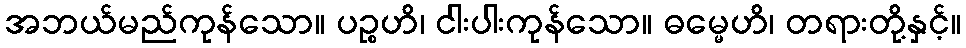
အဘယ်မည်ကုန်သော။ ပဉ္စဟိ၊ ငါးပါးကုန်သော။ ဓမ္မေဟိ၊ တရားတို့နှင့်။